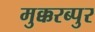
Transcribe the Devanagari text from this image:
मुक्करब्पुर